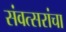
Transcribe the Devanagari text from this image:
संवत्सरांचा